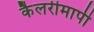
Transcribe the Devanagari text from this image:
कैलरीमापी